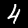
Digit: 4